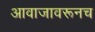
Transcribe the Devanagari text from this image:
आवाजावरूनच